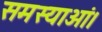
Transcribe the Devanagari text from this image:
समस्याओं।